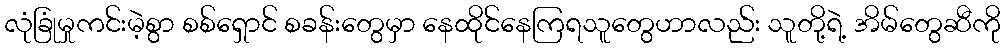
လုံခြုံမှုကင်းမဲ့စွာ စစ်ရှောင် စခန်းတွေမှာ နေထိုင်နေကြရသူတွေဟာလည်း သူတို့ရဲ့ အိမ်တွေဆီကို